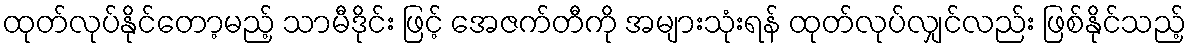
ထုတ်လုပ်နိုင်တော့မည့် သာမီဒိုင်း ဖြင့် အေဇက်တီကို အများသုံးရန် ထုတ်လုပ်လျှင်လည်း ဖြစ်နိုင်သည့်